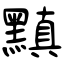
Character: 黰